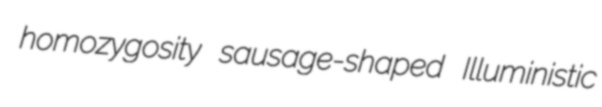
homozygosity sausage-shaped Illuministic